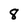
Character: 8